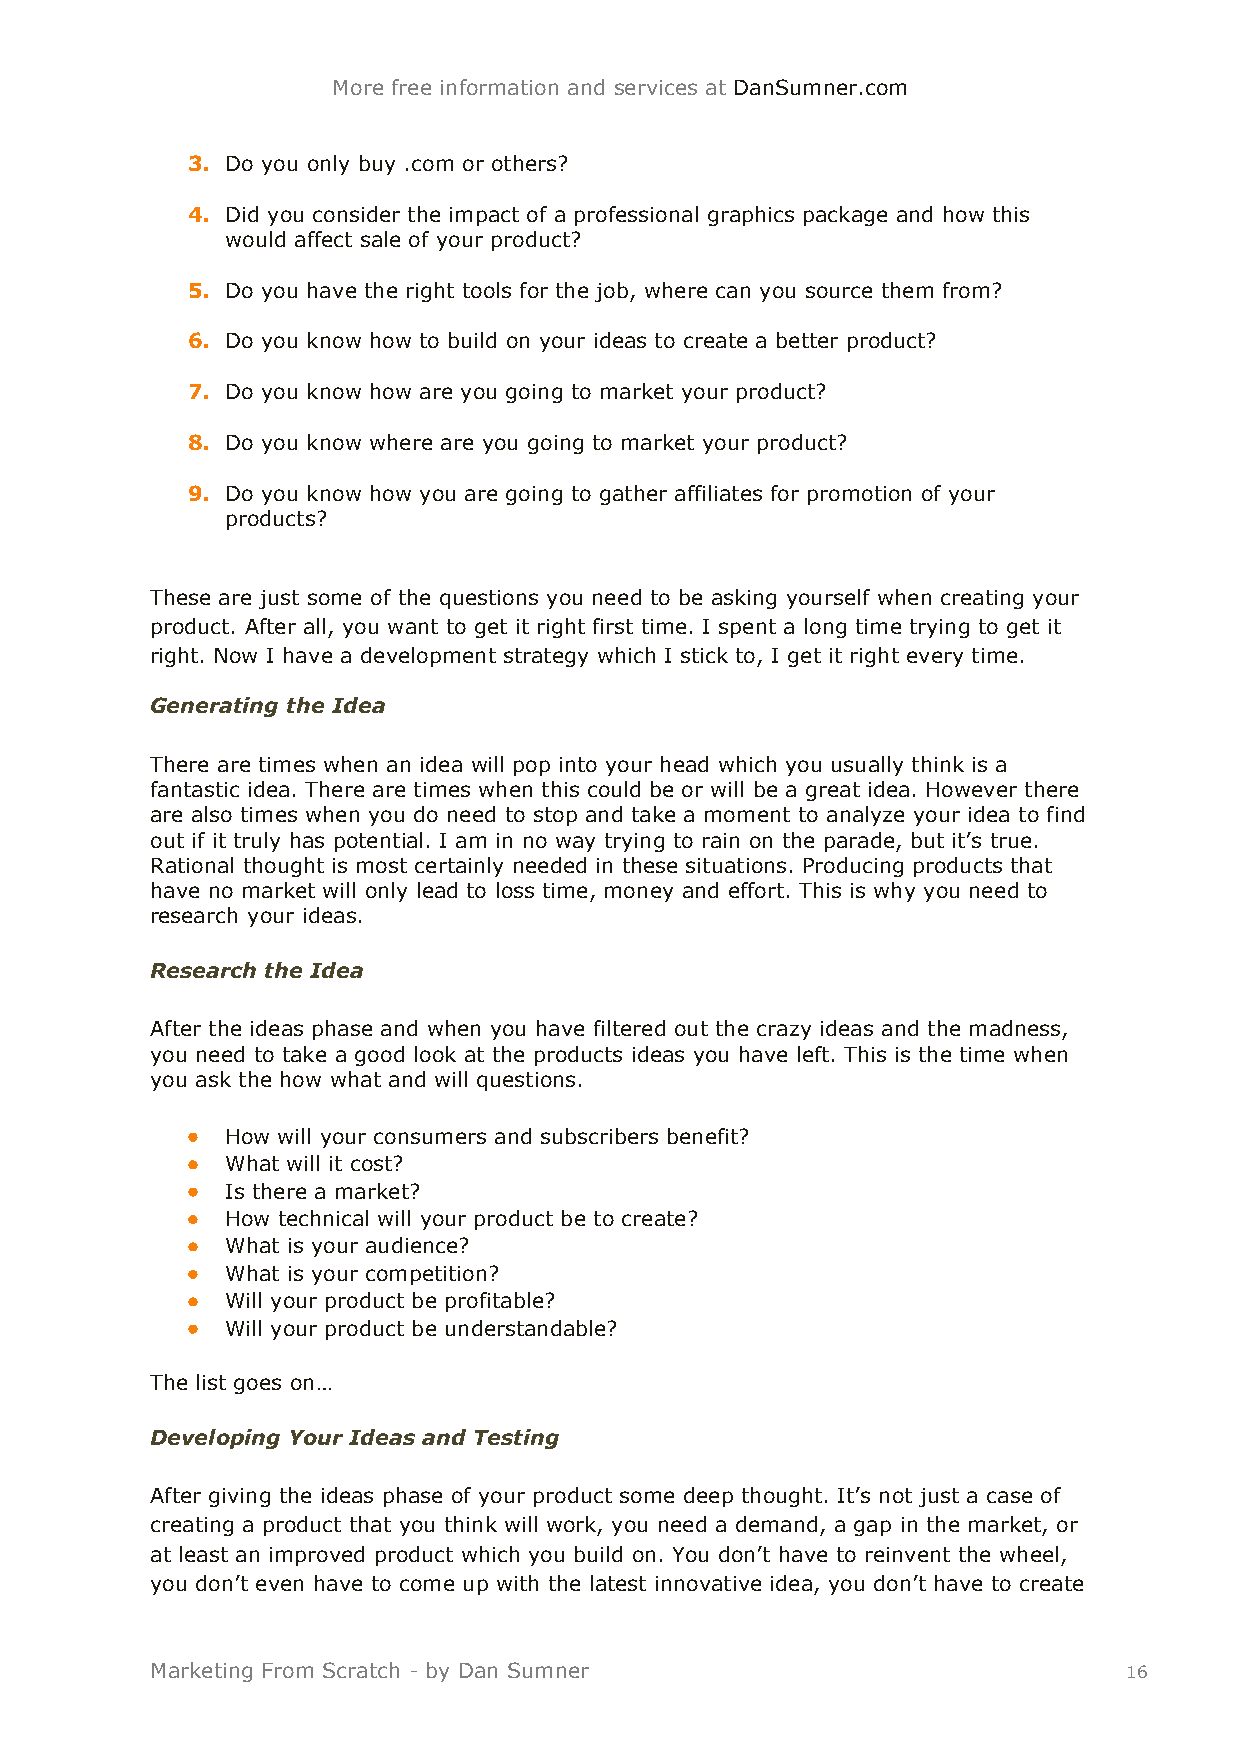
More free information and services at DanSumner.com
 3. Do you only buy .com or others?
 4. Did you consider the impact of a professional graphics package and how this
 would affect sale of your product?
 5. Do you have the right tools for the job, where can you source them from?
 6. Do you know how to build on your ideas to create a better product?
 7. Do you know how are you going to market your product?
 8. Do you know where are you going to market your product?
 9. Do you know how you are going to gather affiliates for promotion of your
 products?
 These are just some of the questions you need to be asking yourself when creating your
 product. After all, you want to get it right first time. I spent a long time trying to get it
 right. Now I have a development strategy which I stick to, I get it right every time.
 Generating the Idea
 There are times when an idea will pop into your head which you usually think is a
 fantastic idea. There are times when this could be or will be a great idea. However there
 are also times when you do need to stop and take a moment to analyze your idea to find
 out if it truly has potential. I am in no way trying to rain on the parade, but it’s true.
 Rational thought is most certainly needed in these situations. Producing products that
 have no market will only lead to loss time, money and effort. This is why you need to
 research your ideas.
 Research the Idea
 After the ideas phase and when you have filtered out the crazy ideas and the madness,
 you need to take a good look at the products ideas you have left. This is the time when
 you ask the how what and will questions.
   How will your consumers and subscribers benefit?
   What will it cost?
   Is there a market?
   How technical will your product be to create?
   What is your audience?
   What is your competition?
   Will your product be profitable?
   Will your product be understandable?
 The list goes on…
 Developing Your Ideas and Testing
 After giving the ideas phase of your product some deep thought. It’s not just a case of
 creating a product that you think will work, you need a demand, a gap in the market, or
 at least an improved product which you build on. You don’t have to reinvent the wheel,
 you don’t even have to come up with the latest innovative idea, you don’t have to create
 Marketing From Scratch - by Dan Sumner                          16